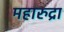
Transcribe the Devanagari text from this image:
महारुद्रा